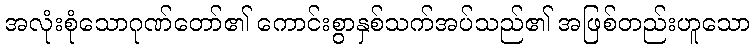
အလုံးစုံသောဂုဏ်တော်၏ ကောင်းစွာနှစ်သက်အပ်သည်၏ အဖြစ်တည်းဟူသော